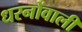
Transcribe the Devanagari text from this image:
धरनोंवाली